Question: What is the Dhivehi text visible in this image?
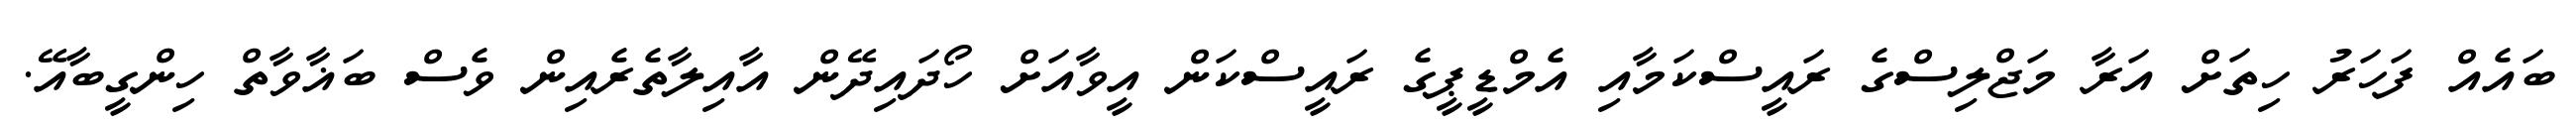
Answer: ބައެއް ފަހަރު ހިތަށް އަރާ މަޖްލިސްގެ ރައީސްކަމާއި އެމްޑީޕީގެ ރައީސްކަން އީވާއަށް ހޯދައިދޭން އާއިލާތެރެއިން ވެސް ބަޣާވާތް ހިންގީބާއޭ.